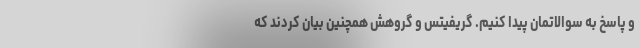
و پاسخ به سوالاتمان پیدا کنیم. گریفیتس و گروهش همچنین بیان کردند که